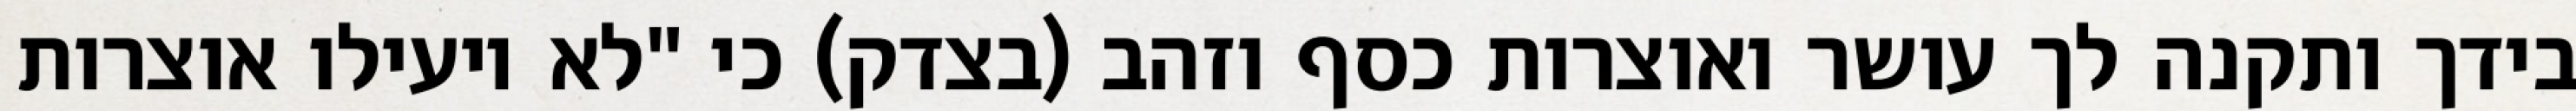
בידך ותקנה לך עושר ואוצרות כסף וזהב (בצדק) כי "לא יועילו אוצרות